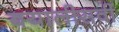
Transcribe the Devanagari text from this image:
बयालीसवीं